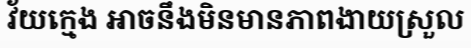
វ័យក្មេង អាចនឹងមិនមានភាពងាយស្រួល